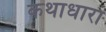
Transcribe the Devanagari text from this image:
कथाधारा